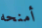
أمنحه